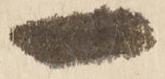
一